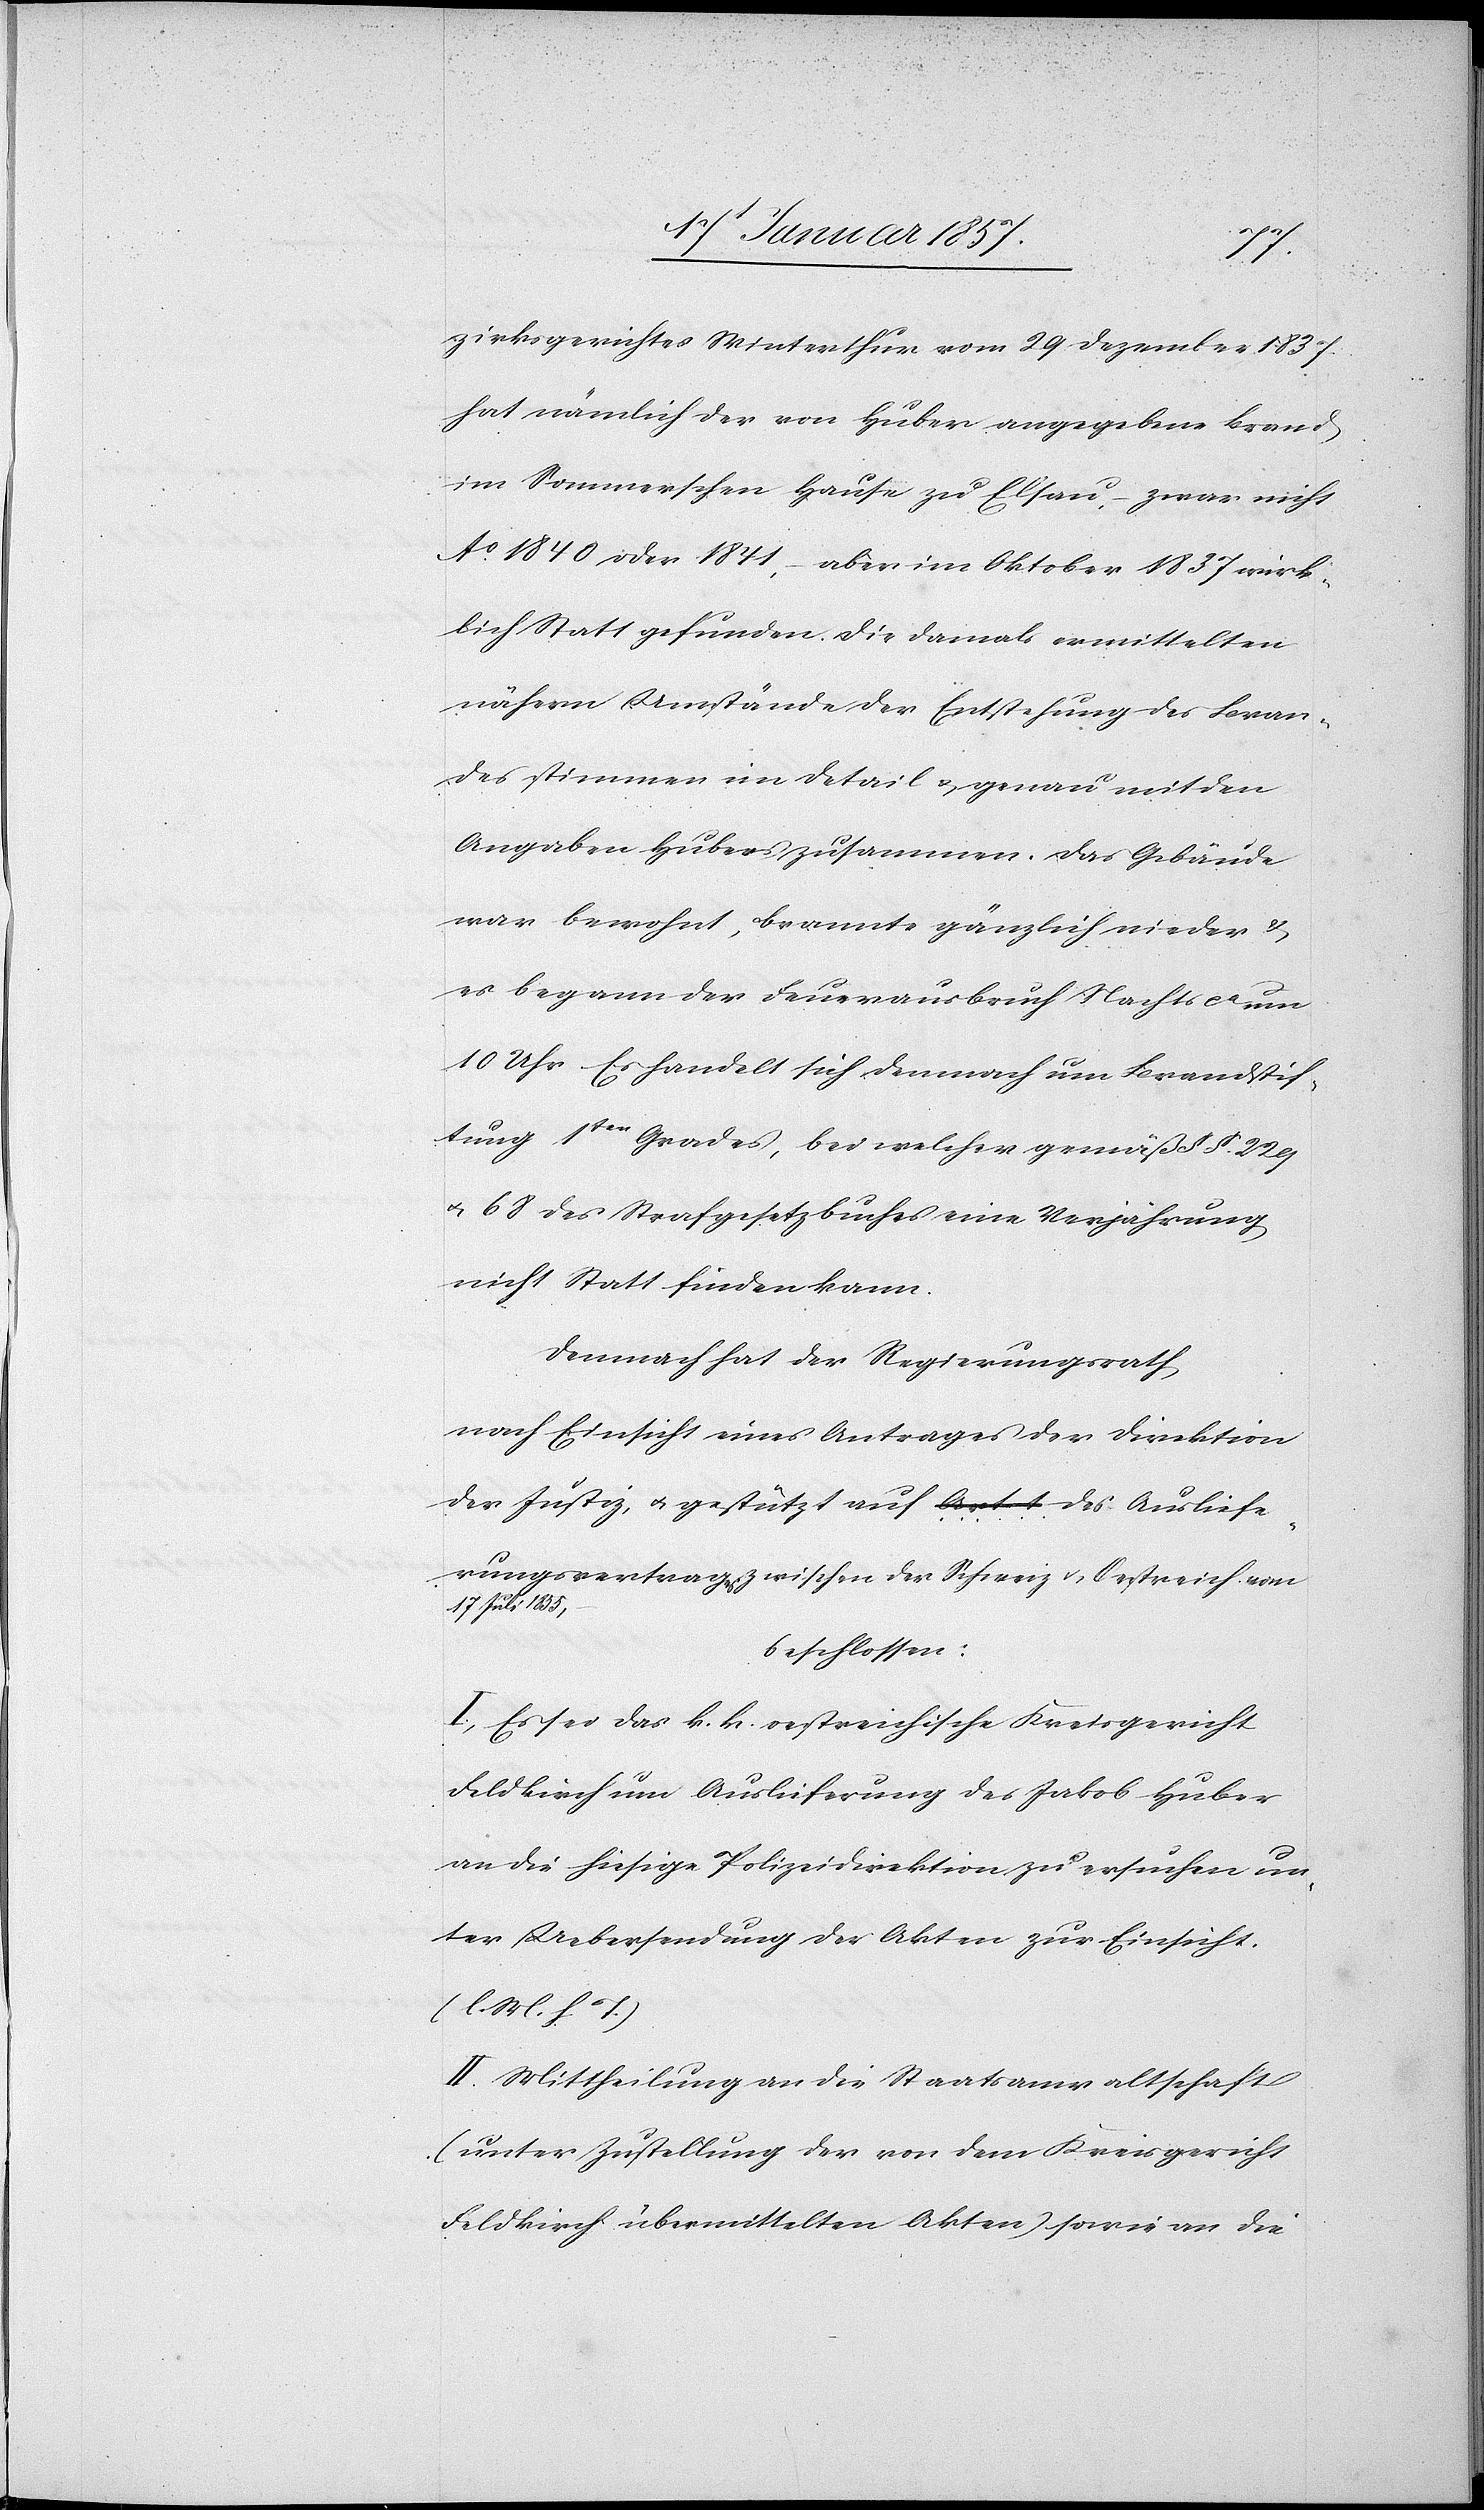
zirksgerichtes Winterthur vom 29 Dezember 1837
hat nämlich der von Huber ausgegebene Brand
im Sommerschen Hause zu Elsau, – zwar nicht
Ao. 1840 oder 1841, – aber im Oktober 1837 wirk¬
lich Statt gefunden. Die damals ermittelten
nähern Umstände der Entstehung des Bran¬
des stimmen im Detail & genau mit den
Angaben Hubers zusammen. Das Gebäude
war bewohnt, brannte gänzlich nieder &
es begann der Feuerausbruch Nachts ca um
10 Uhr. Es handelt sich demnach um Brandstif¬
tung 1ten Grades, bei welcher gemäß §§. 229
& 68 des Strafgesetzbuches eine Verjährung
nicht Statt finden kann.
Demnach hat der Regierungsrath,
nach Einsicht eines Antrages der Direktion
der Justiz, & gestützt auf Art 1 des Ausliefe¬
rungsvertrags zwischen der Schweiz u. Oestreich vom
17 Juli 1855,
beschlossen:
I. Es sei das k. k oestreichische Kreisgericht
Feldkirch um Auslieferung des Jakob Huber
an die hiesige Polizeidirektion zu ersuchen un¬
ter Uebersendung der Akten zur Einsicht.
(l. M. h. T.)
II. Mittheilung an die Staatsanwaltschaft
(unter Zustellung der von dem Kreisgericht
Feldkirch übermittelten Akten) sowie an die